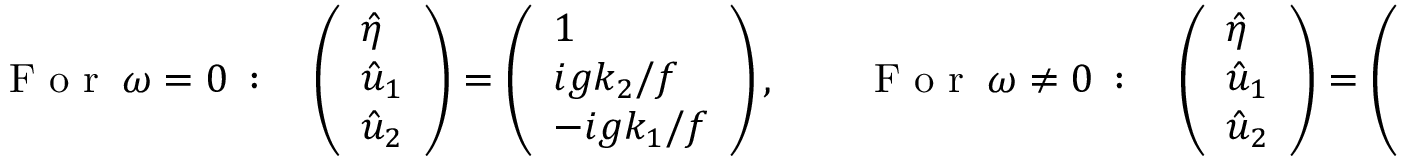
\mathrm { ~ F ~ o ~ r ~ } \ \omega = 0 \ : \quad \left( \begin{array} { l } { \hat { \eta } } \\ { \hat { u } _ { 1 } } \\ { \hat { u } _ { 2 } } \end{array} \right) = \left( \begin{array} { l } { 1 } \\ { i g k _ { 2 } / f } \\ { - i g k _ { 1 } / f } \end{array} \right) , \qquad \mathrm { ~ F ~ o ~ r ~ } \ \omega \neq 0 \ : \quad \left( \begin{array} { l } { \hat { \eta } } \\ { \hat { u } _ { 1 } } \\ { \hat { u } _ { 2 } } \end{array} \right) = \left( \begin{array} { l } { H k ^ { 2 } } \\ { k _ { 1 } \omega - i f k _ { 2 } } \\ { k _ { 2 } \omega + i f k _ { 1 } } \end{array} \right)